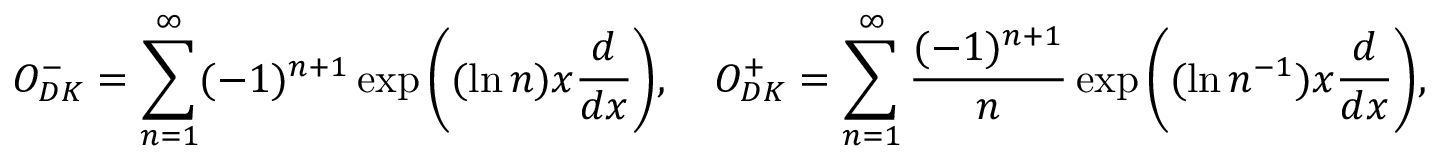
O _ { D K } ^ { - } = \sum _ { n = 1 } ^ { \infty } ( - 1 ) ^ { n + 1 } \exp { \left( ( \ln n ) x \frac { d } { d x } \right) } , \quad O _ { D K } ^ { + } = \sum _ { n = 1 } ^ { \infty } \frac { ( - 1 ) ^ { n + 1 } } { n } \exp { \left( ( \ln n ^ { - 1 } ) x \frac { d } { d x } \right) } ,